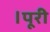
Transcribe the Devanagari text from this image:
।पूरी